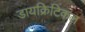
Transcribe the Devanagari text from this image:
डायक्रिटिकल